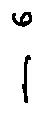
i